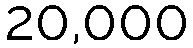
20,000